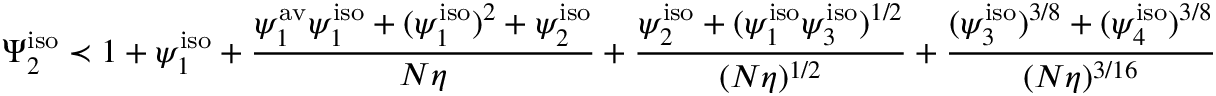
\Psi _ { 2 } ^ { \mathrm { i s o } } \prec 1 + \psi _ { 1 } ^ { \mathrm { i s o } } + \frac { \psi _ { 1 } ^ { \mathrm { a v } } \psi _ { 1 } ^ { \mathrm { i s o } } + ( \psi _ { 1 } ^ { \mathrm { i s o } } ) ^ { 2 } + \psi _ { 2 } ^ { \mathrm { i s o } } } { N \eta } + \frac { \psi _ { 2 } ^ { \mathrm { i s o } } + ( \psi _ { 1 } ^ { \mathrm { i s o } } \psi _ { 3 } ^ { \mathrm { i s o } } ) ^ { 1 / 2 } } { ( N \eta ) ^ { 1 / 2 } } + \frac { ( \psi _ { 3 } ^ { \mathrm { i s o } } ) ^ { 3 / 8 } + ( \psi _ { 4 } ^ { \mathrm { i s o } } ) ^ { 3 / 8 } } { ( N \eta ) ^ { 3 / 1 6 } }